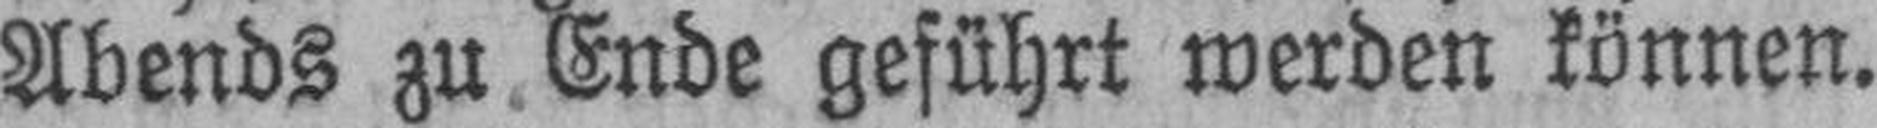
Abends zu Ende geführt werden können.